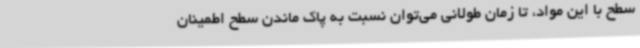
سطح با این مواد، تا زمان طولانی می‌توان نسبت به پاک ماندن سطح اطمینان